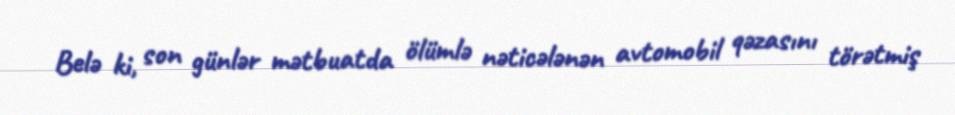
Belə ki, son günlər mətbuatda ölümlə nəticələnən avtomobil qəzasını törətmiş